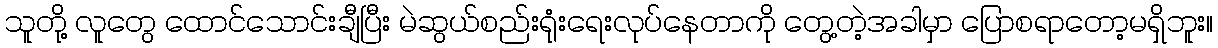
သူတို့ လူတွေ ထောင်သောင်းချီပြီး မဲဆွယ်စည်းရုံးရေးလုပ်နေတာကို တွေ့တဲ့အခါမှာ ပြောစရာတော့မရှိဘူး။